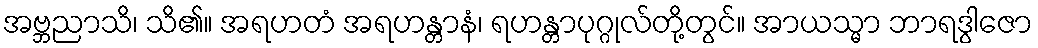
အဗ္ဘညာသိ၊ သိ၏။ အရဟတံ အရဟန္တာနံ၊ ရဟန္တာပုဂ္ဂုလ်တို့တွင်။ အာယသ္မာ ဘာရဒွါဇော